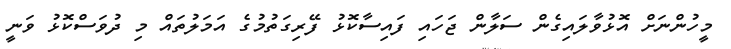
މީހުންނަށް އޮޅުވާލައިގެން ސަލާން ޖަހައި ފައިސާކޮޅު ފޭރިގަތުމުގެ އަމަލުތައް މި ދުވަސްކޮޅު ވަނީ